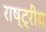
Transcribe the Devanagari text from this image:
राष्ट्रीय़